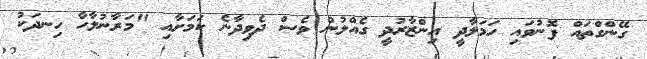
ގޭންގްތައް ފޮނުވައި ހަމަލާދީ އިންޒާރުދީ ގެއްލުން ވެސް ދެވިދާނެ ކަމަށާއި "މަރާނުލާހާ ހިނދަކު